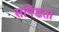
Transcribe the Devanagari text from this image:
सपिंडता